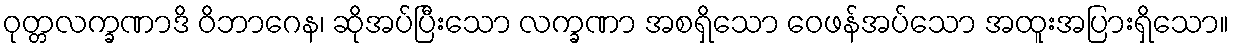
ဝုတ္တလက္ခဏာဒိ ဝိဘာဂေန၊ ဆိုအပ်ပြီးသော လက္ခဏာ အစရှိသော ဝေဖန်အပ်သော အထူးအပြားရှိသော။